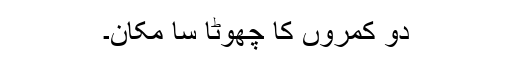
دو کمروں کا چھوٹا سا مکان۔